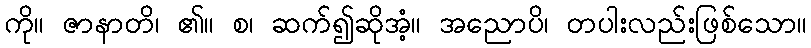
ကို။ ဇာနာတိ၊ ၏။ စ၊ ဆက်၍ဆိုအံ့။ အညောပိ၊ တပါးလည်းဖြစ်သော။